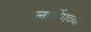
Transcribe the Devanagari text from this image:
प्लानिंगच्या